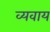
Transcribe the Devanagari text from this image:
व्यवाय